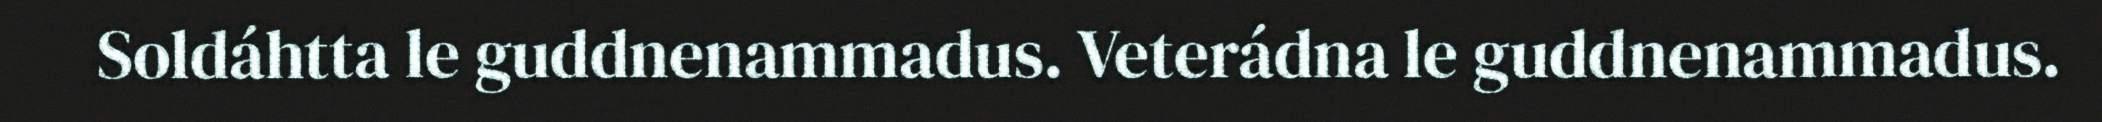
Soldáhtta le guddnenammadus. Veterádna le guddnenammadus.